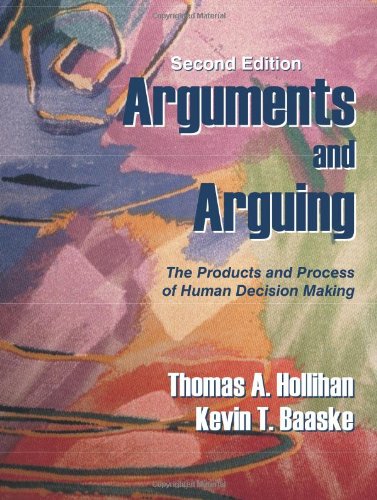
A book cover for Arguments and Arguing: The Products and Process of Human Decision Making, Second Edition; Thomas A. Hollihan; Reference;